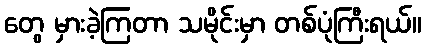
တွေ မှားခဲ့ကြတာ သမိုင်းမှာ တစ်ပုံကြီးရယ်။